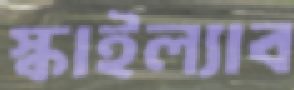
স্কাইল্যাব